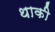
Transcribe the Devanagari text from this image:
थाकी